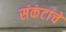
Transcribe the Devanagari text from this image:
संकंटांचे